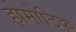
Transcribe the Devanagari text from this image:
होमोटिक